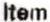
ITEM